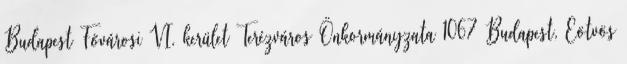
Budapest Fővárosi VI. kerület Terézváros Önkormányzata 1067 Budapest, Eötvös